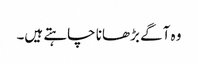
وہ آگے بڑھانا چاہتے ہیں۔